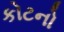
કોટનો